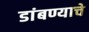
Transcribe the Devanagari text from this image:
डांबण्याचे